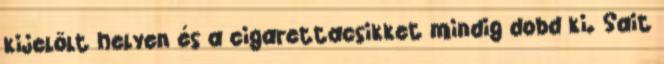
kijelölt helyen és a cigarettacsikket mindig dobd ki. Sait